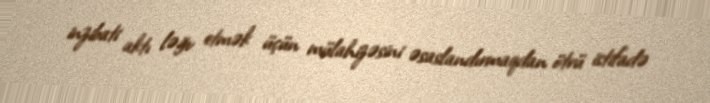
inzibati aktı ləğv etmək üçün mülahizəsini əsaslandırmaqdan ötrü istifadə